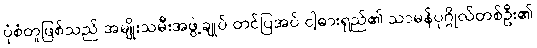
ပုံစံတူဖြစ်သည် အမျိုးသမီးအဖွဲ့ချုပ် တင်ပြအပ် ငါ့ဓားရှည်၏ သာမန်ပုဂ္ဂိုလ်တစ်ဦး၏